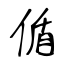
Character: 偱